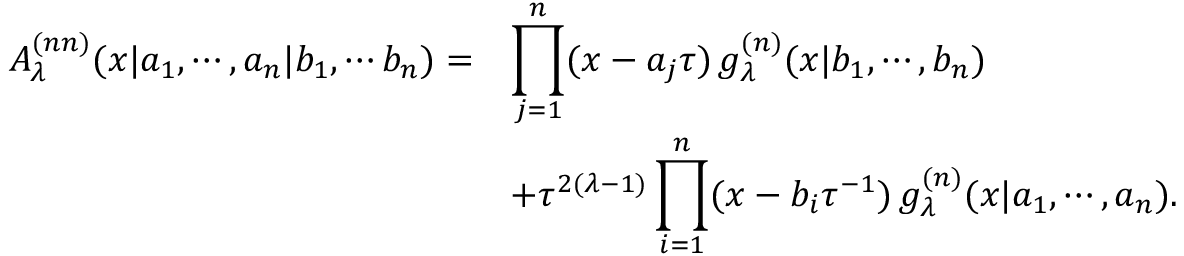
\begin{array} { r l } { { A _ { \lambda } ^ { ( n n ) } ( x | a _ { 1 } , \cdots , a _ { n } | b _ { 1 } , \cdots b _ { n } ) = } } & { { \displaystyle \prod _ { j = 1 } ^ { n } ( x - a _ { j } \tau ) \, g _ { \lambda } ^ { ( n ) } ( x | b _ { 1 } , \cdots , b _ { n } ) } } \\ { { } } & { { + \tau ^ { 2 ( \lambda - 1 ) } \displaystyle \prod _ { i = 1 } ^ { n } ( x - b _ { i } \tau ^ { - 1 } ) \, g _ { \lambda } ^ { ( n ) } ( x | a _ { 1 } , \cdots , a _ { n } ) . } } \end{array}